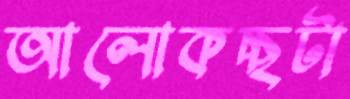
আলোকচ্ছটা